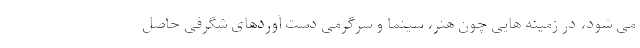
می شود، در زمینه هایی چون هنر، سینما و سرگرمی دست آوردهای شگرفی حاصل